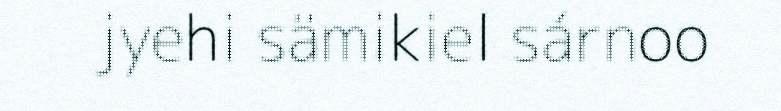
jyehi sämikiel sárnoo